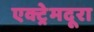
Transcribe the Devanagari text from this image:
एक्ट्रेमदूरा